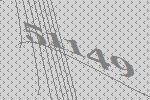
51149